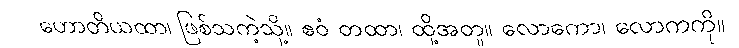
ဟောတိယထာ၊ ဖြစ်သကဲ့သို့။ ဧဝံ တထာ၊ ထို့အတူ။ လောကော၊ လောကကို။